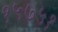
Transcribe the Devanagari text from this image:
१५७५१